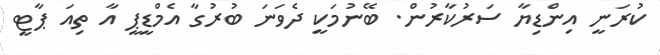
ކުރަނީ އިންޑިޔާ ސަރުކާރުން. ބޭނުމަކީ ދެވަނަ ބުރުގާ އެމްޑީޕީ އާ ތިއަ ޕާޓީ